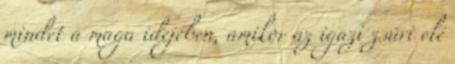
mindet a maga idejében, amikor az igazi zsűri elé